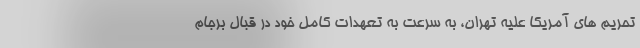
تحریم های آمریکا علیه تهران، به سرعت به تعهدات کامل خود در قبال برجام